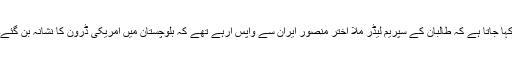
کہا جاتا ہے کہ طالبان کے سپریم لیڈر ملّا اختر منصور ایران سے واپس آرہے تھے کہ بلوچستان میں امریکی ڈرون کا نشانہ بن گئے۔